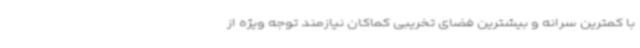
با کمترین سرانه و بیشترین فضای تخریبی کماکان نیازمند توجه ویژه از